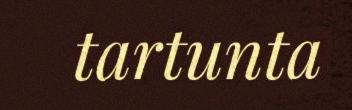
tartunta